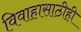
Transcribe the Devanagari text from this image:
विवाहासाठीही